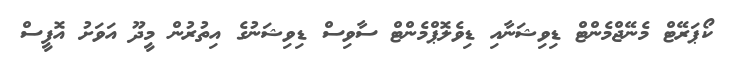
ކޯޕަރޭޓް މެނޭޖްމެންޓް ޑިވިޝަނާއި ޑިވެލޮޕްމެންޓް ސާވިސް ޑިވިޝަނުގެ އިތުރުން މީދޫ އަވަށު އޮފީސް